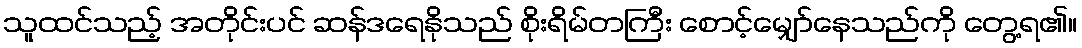
သူထင်သည့် အတိုင်းပင် ဆန်ဒရေနိုသည် စိုးရိမ်တကြီး စောင့်မျှော်နေသည်ကို တွေ့ရ၏။